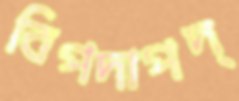
বিপদাপদ্‌